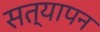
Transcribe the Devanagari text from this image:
सत्‍यापन